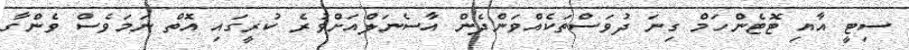
ސިޓީ އާއި ޓޮޓެންހަމް ގިނަ ދުވަސްތަކެއްވަންދެން އާސެނަލްއަށްވުރެ ކުރީގައި އޮތް ނަމަވެސް ވެންގާ